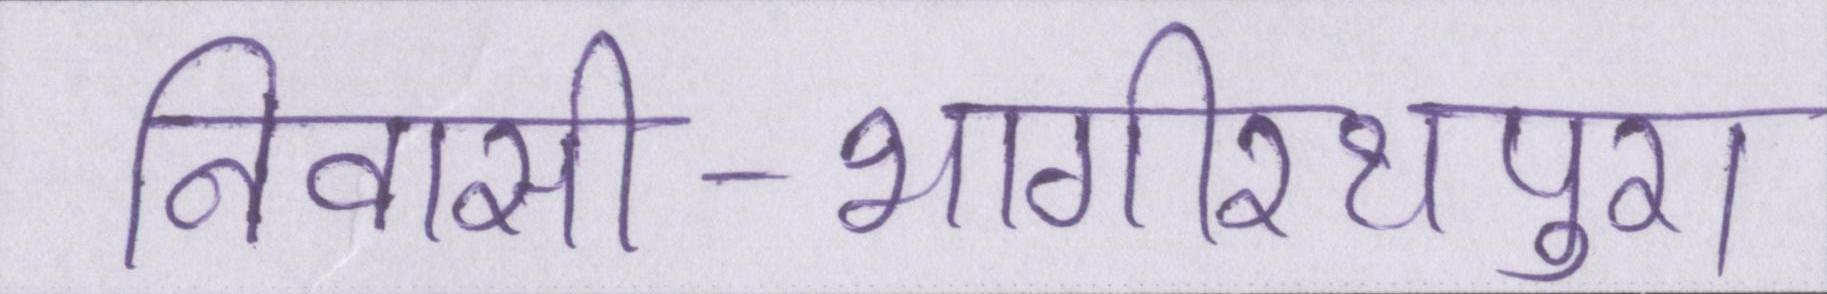
निवासी-भागीरथपुरा